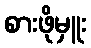
စားဖိုမှူး